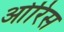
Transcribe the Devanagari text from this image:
ओरिस